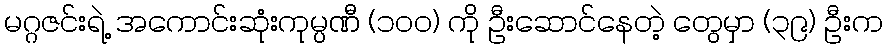
မဂ္ဂဇင်းရဲ့ အကောင်းဆုံးကုမ္ပဏီ (၁ဝဝ) ကို ဦးဆောင်နေတဲ့ တွေမှာ (၃၉) ဦးက